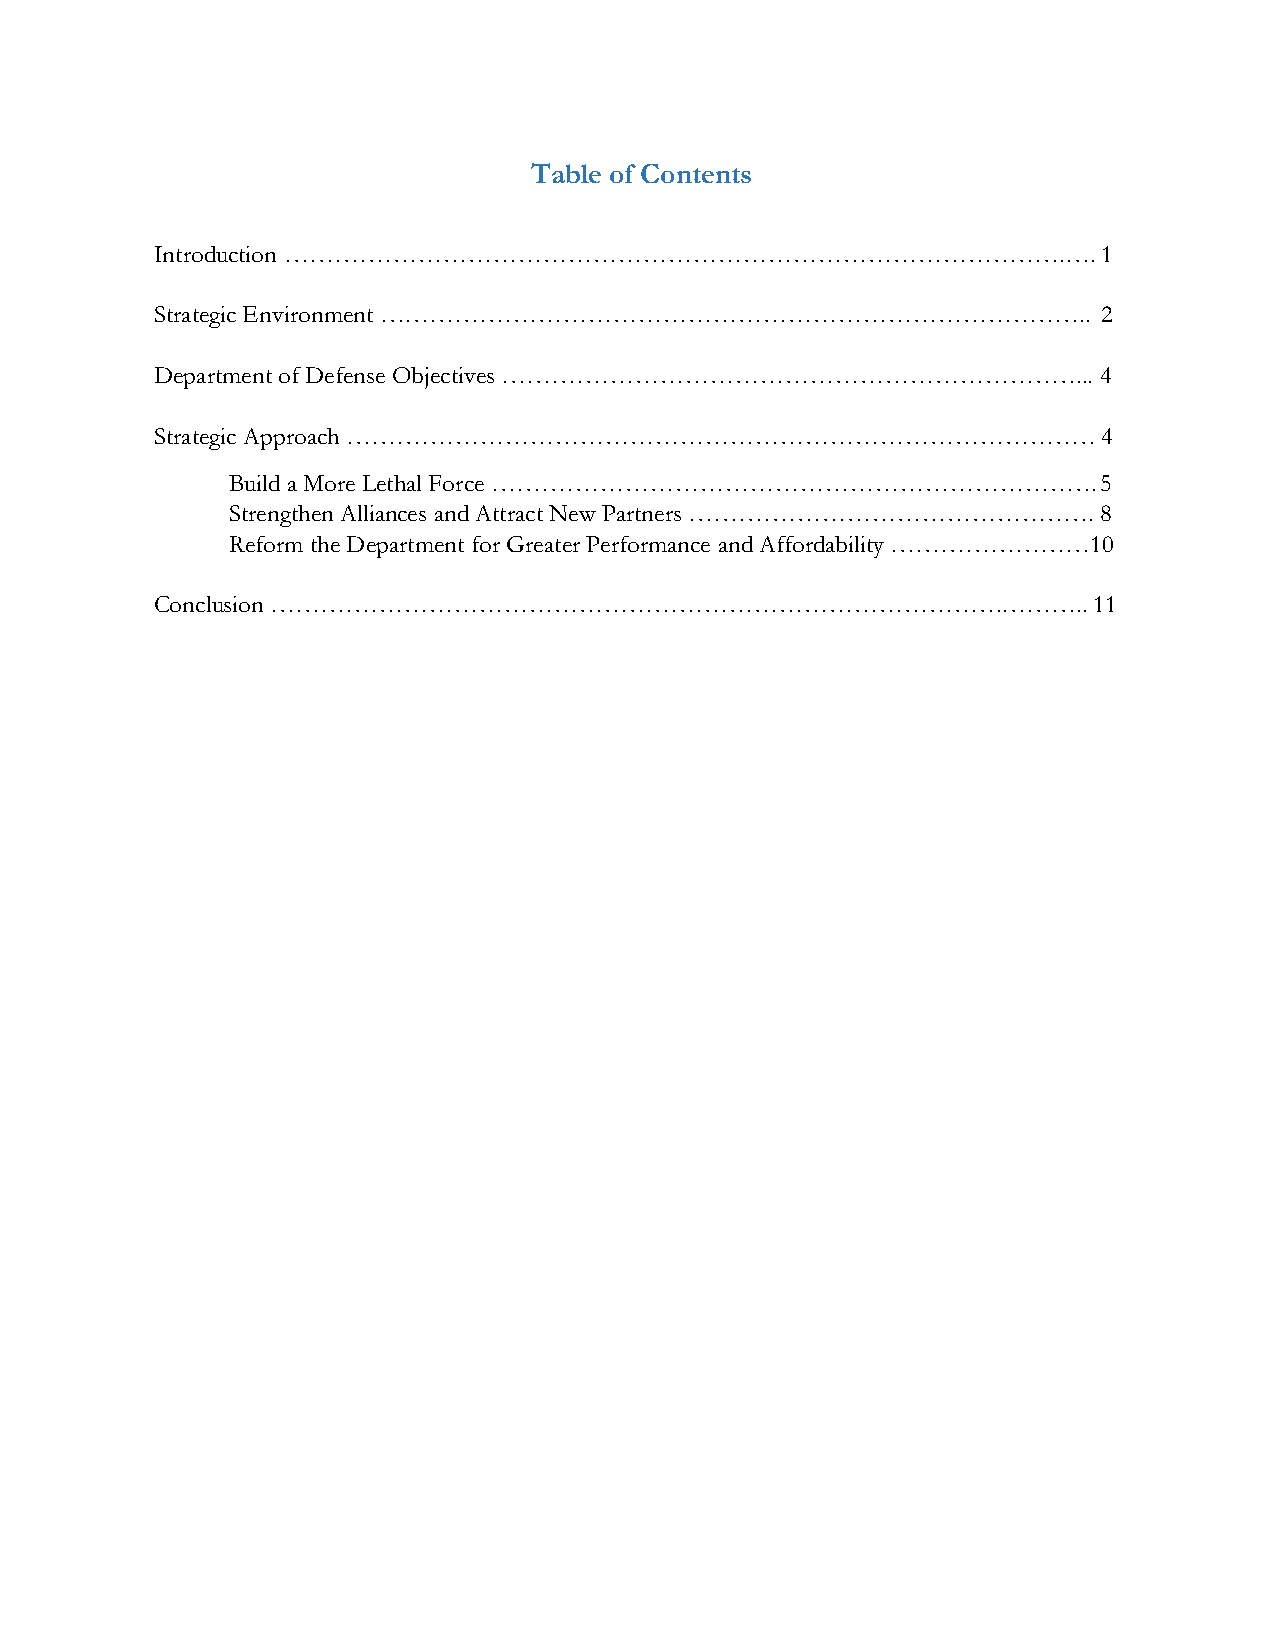
Table of Contents
 Introduction ………………………………………………………………………………….….                1
 Strategic Environment …………………………………………………………………………..           2
 Department of Defense Objectives ……………………………………………………………...    4
 Strategic Approach ………………………………………………………………………………              4
 Build a More Lethal Force ……………………………………………………………….5
 Strengthen Alliances and Attract New Partners …………………………………………. 8
 Reform the Department for Greater Performance and Affordability ……………………10
 Conclusion …………………………………………………………………………….………..                11